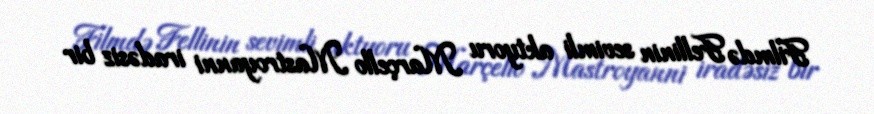
Filmdə Fellinin sevimli aktyoru Marçello Mastroyanni iradəsiz bir